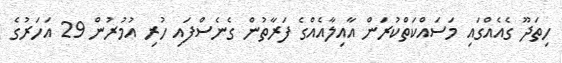
ހިތަދޫ ގެއެއްގައި މަސައްކަތްކުރަން އާއިލާއެއްގެ ފަރާތުން ގެނެސްފައި ހުރި އުމުރުން 29 އަހަރުގެ